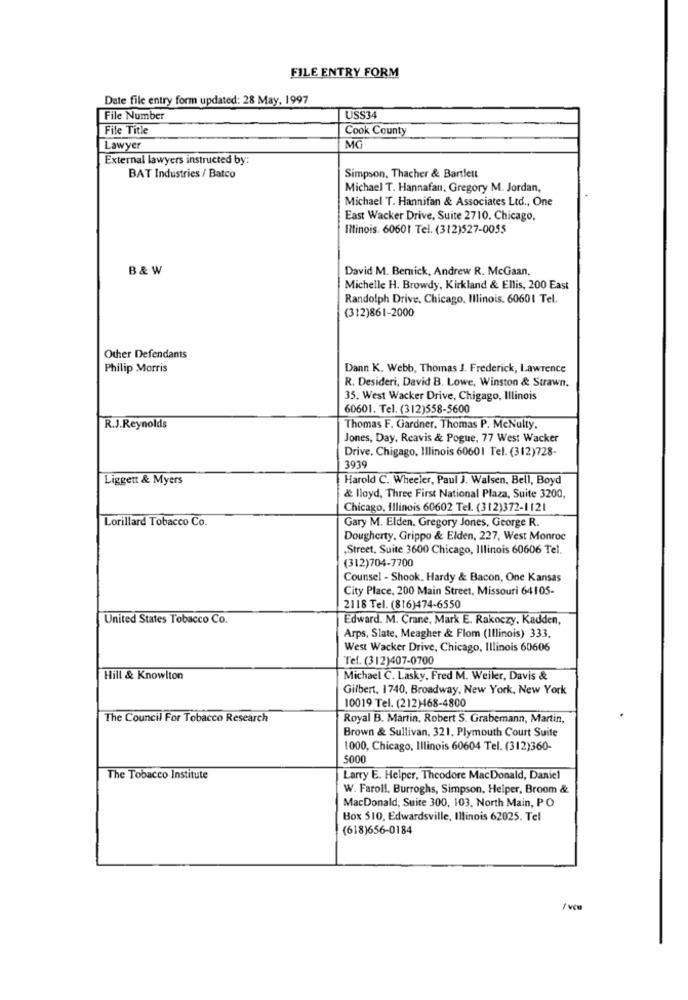
FILE ENTRY FORM
Date file entry form updated: 28 May, 1997
File Number
USS34
File Title
Cook County
Lawyer
MG
External lawyers instructed by:
Simpson, Thacher & Bartlett
BAT Industries / Batco
Michael T. Hannafan, Gregory M. Jordan,
Michael T. Hannifan & Associates Ltd ., One
East Wacker Drive, Suite 2710. Chicago,
Illinois. 60601 Tel. (312)527-0055
B& W
David M. Bemnick, Andrew R. McGaan,
Michelle H. Browdy, Kirkland & Ellis, 200 East
Randolph Drive, Chicago, Illinois. 60601 Tel.
(312)861-2000
Other Defendants
Philip Morris
Dann K. Webb, Thomas J. Frederick, Lawrence
R. Desideri, David B. Lowe, Winston & Strawn.
35. West Wacker Drive, Chigago, Illinois
60601. Tel. (312)558-5600
R.J.Reynolds
Thomas F. Gardner, Thomas P. McNulty.
Jones, Day, Reavis & Pogue, 77 West Wacker
Drive. Chigago, Illinois 60601 Tel. (312)728-
3939
Liggett & Myers
Harold C. Wheeler, Paul J. Walsen, Bell, Boyd
& lloyd, Three First National Plaza, Suite 3200,
Chicago, Illinois 60602 Tel. (312)372-1 121
Lorillard Tobacco Co.
Gary M. Elden. Gregory Jones, George R.
Dougherty, Grippo & Elden, 227, West Monroc
„Street, Suite 3600 Chicago, Illinois 60606 Tel.
(312)704-7700
Counsel - Shook, Hardy & Bacon, One Kansas
City Place, 200 Main Street, Missouri 64105-
2118 Tel. (816)474-6550
United States Tobacco Co.
Edward. M. Crane, Mark E. Rakoczy. Kadden,
Arps, Slate, Meagher & Flom (Illinois) 333,
West Wacker Drive, Chicago, Illinois 60606
Tel. (312)407-0700
Hill & Knowlton
Michael C. Lasky, Fred M. Weiler, Davis &
Gilbert, 1740, Broadway, New York, New York
10019 Tel. (212)468-4800
The Council For Tobacco Research
Royal B. Martin, Robert S. Grabemann, Martin,
Brown & Sullivan, 321, Plymouth Court Suite
1000, Chicago, Illinois 60604 Tel. (312)360-
5000
The Tobacco Institute
Larry E. Helper, Theodore MacDonald, Daniel
W. Faroll. Burroghs, Simpson, Helper, Broom &
MacDonald, Suite 300, 103, North Main, PO
Box 510, Edwardsville, Illinois 62025. Tel
(618)656-0184